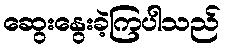
ဆွေးနွေးခဲ့ကြပါသည်